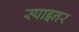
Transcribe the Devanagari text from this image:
स्पाइनर